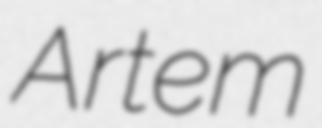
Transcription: Artem